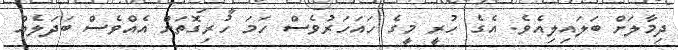
ދިމާލަށް ބަލައިލިއެވެ. އެގެ ހުރީ މީގެ ހައަހަރުވެސް ހަމަ ހުރިގޮތަށް އެއްވެސް ބަދަލެއް